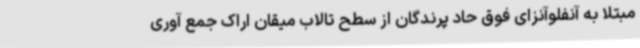
مبتلا به آنفلوآنزای فوق حاد پرندگان از سطح تالاب میقان اراک جمع آوری